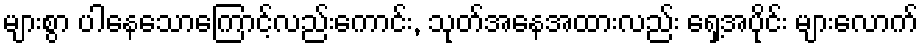
များစွာ ပါနေသောကြောင့်လည်းကောင်း, သုတ်အနေအထားလည်း ရှေ့အပိုင်း များလောက်